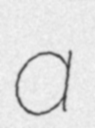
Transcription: a